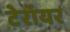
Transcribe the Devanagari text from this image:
टेरॉयर